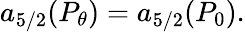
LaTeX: a_{5/2}(P_{\theta})=a_{5/2}(P_{0}).